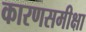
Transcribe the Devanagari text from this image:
कारणसमीक्षा